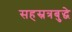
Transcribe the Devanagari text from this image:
सहस्रत्रबुद्धे